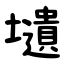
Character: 壝